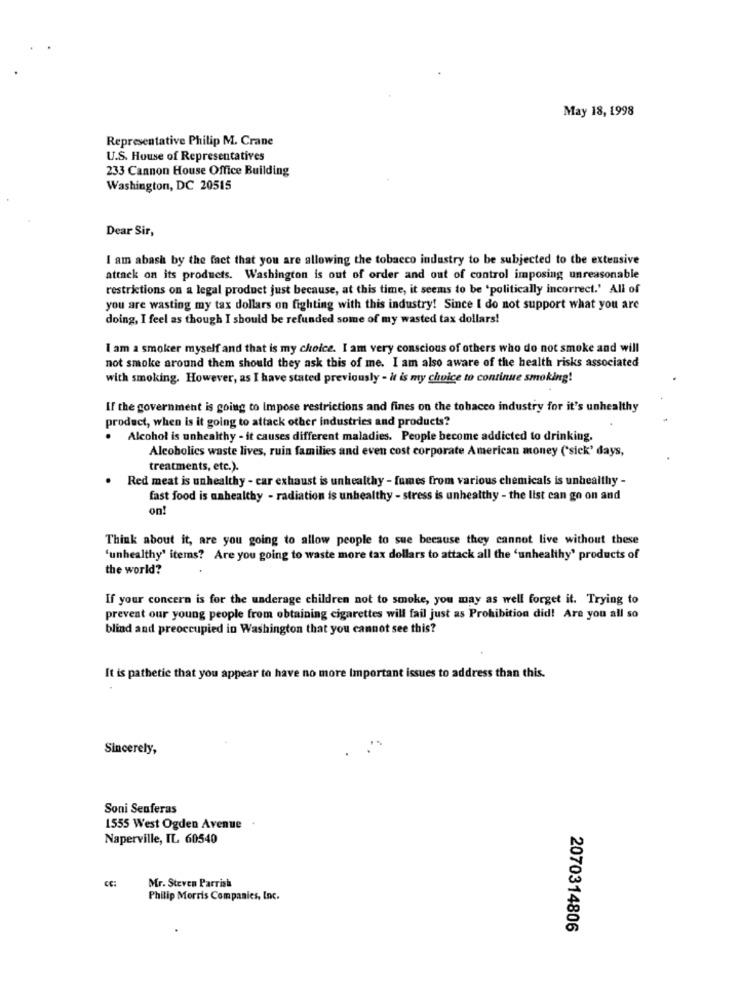
May 18, 1998
Representative Philip M. Crane
U.S. House of Representatives
233 Cannon House Office Building
Washington, DC 20515
Dear Sir,
I am abash by the fact that you are allowing the tobacco industry to be subjected to the extensive
attack on its products. Washington is out of order and out of control imposing unreasonable
restrictions on a legal product just because, at this time, it seems to be 'politically incorrect.' All of
you are wasting my tax dollars on fighting with this industry! Since I do not support what you are
doing, I feel as though I should be refunded some of my wasted tax dollars!
I am a smoker myself and that is my choice. I am very conscious of others who do not smoke and will
not smoke around them should they ask this of me. I am also aware of the health risks associated
with smoking. However, as I have stated previously - it is my choice to continue smoking!
If the government is going to Impose restrictions and fines on the tobacco industry for it's unhealthy
product, when is it going to attack other industries and products?
Alcohol is unhealthy - it causes different maladies. People become addicted to drinking.
Alcoholics waste lives, ruin families and even cost corporate American money (*sick' days,
treatments, etc.).
Red meat is unhealthy - car exhaust is unhealthy - fumes from various chemicals is unhealthy -
fast food is unhealthy - radiation is unhealthy - stress is unhealthy - the list can go on and
on!
Think about it, are you going to allow people to sue because they cannot live without these
'unhealthy' items? Are you going to waste more tax dollars to attack all the 'unhealthy' products of
the world?
If your concern is for the underage children not to smoke, you may as well forget it. Trying to
prevent our young people from obtaining cigarettes will fail just as Prohibition did! Are you all so
blind and preoccupied in Washington that you cannot see this?
It is pathetic that you appear to have no more Important issues to address than this.
Sincerely,
Soni Senferas
1555 West Ogden Avenue
Naperville, IL 60540
Mr. Steven Parrish
Philip Morris Companies, Inc.
2070314806